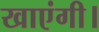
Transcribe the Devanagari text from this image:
खाएंगी।